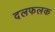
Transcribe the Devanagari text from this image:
दलफलक